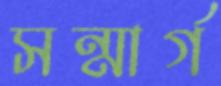
সন্মার্গ